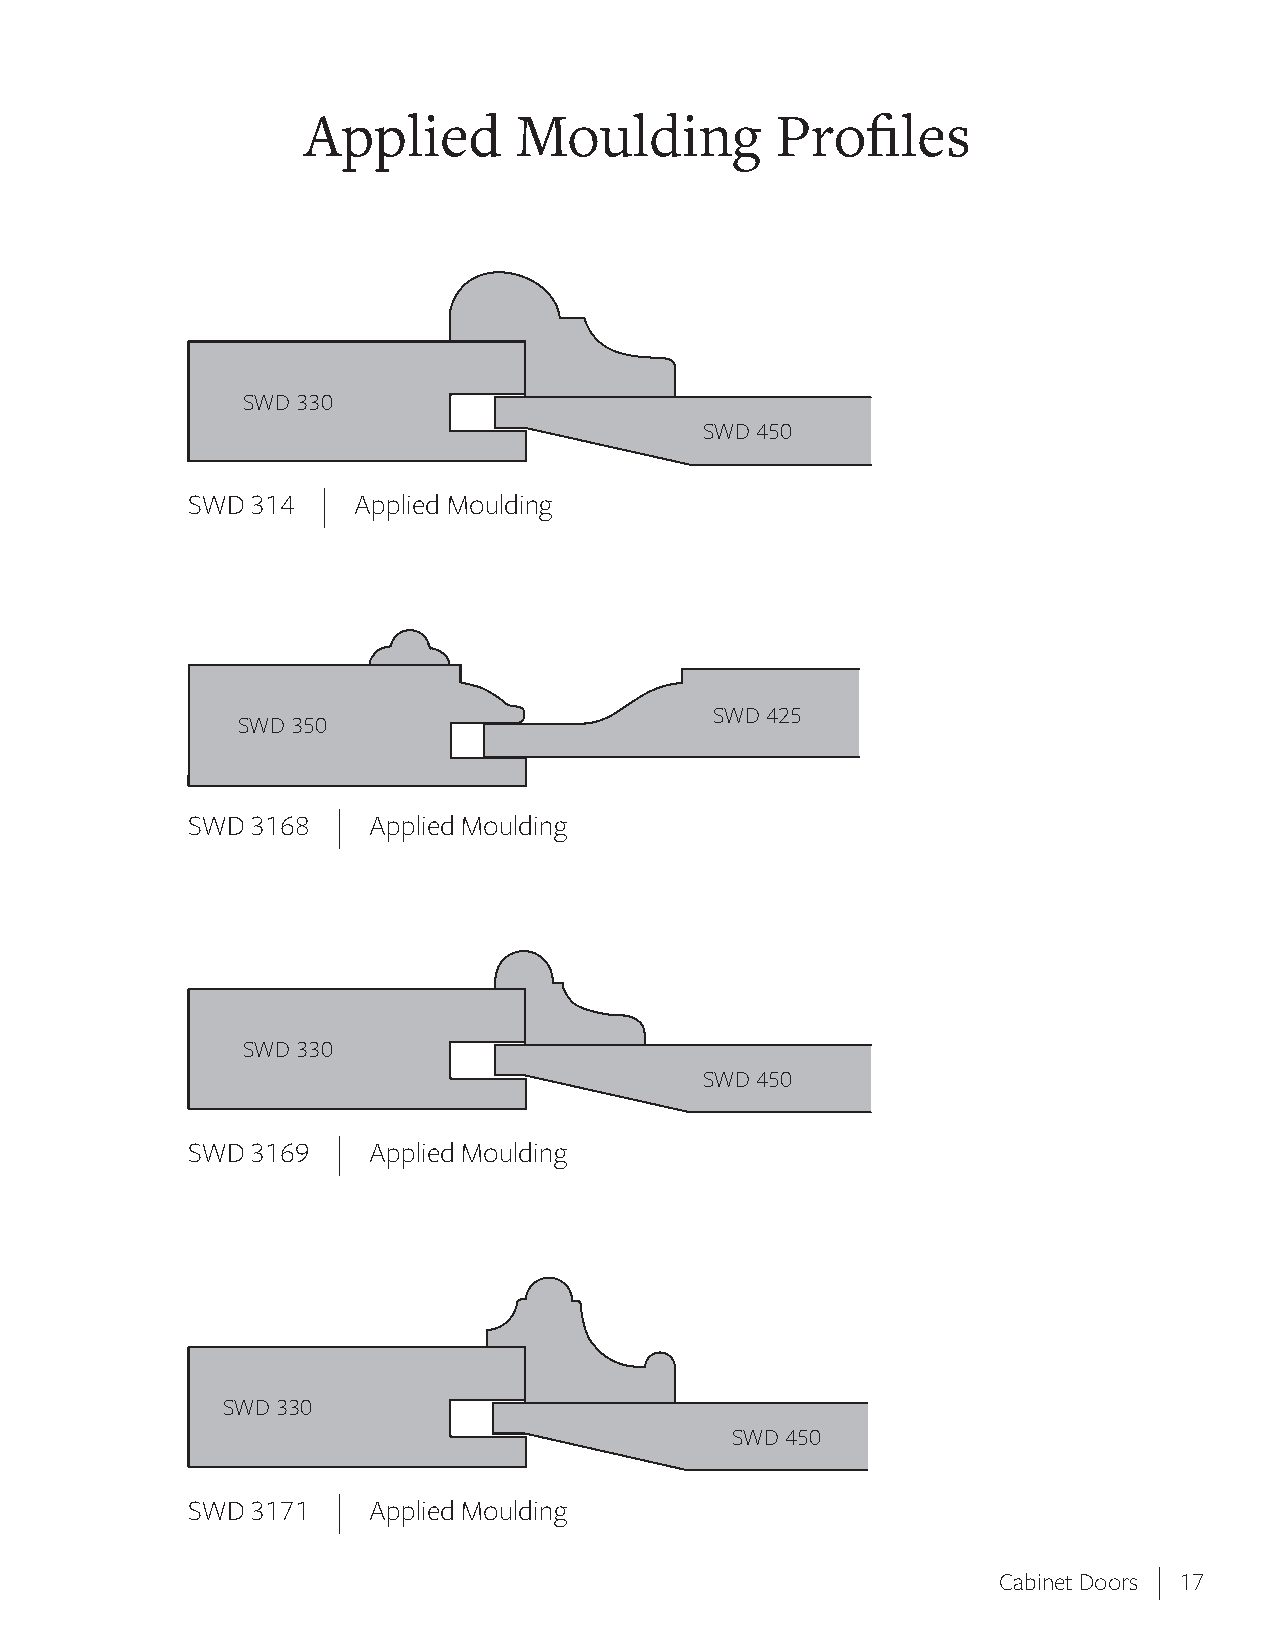
Applied       Moulding         Profi    les
 SWD 330
 SWD 450
 SWD  314 |  Applied Moulding
 SWD 425
 SWD 350
 SWD  3168 | Applied Moulding
 SWD 330
 SWD 450
 SWD  3169 | Applied Moulding
 SWD 330
 SWD 450
 SWD  3171 | Applied Moulding
 |
 Cabinet Doors 17